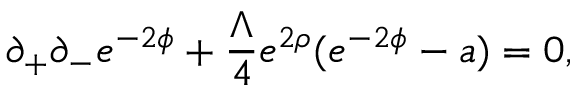
\partial _ { + } \partial _ { - } e ^ { - 2 \phi } + \frac { \Lambda } { 4 } e ^ { 2 \rho } ( e ^ { - 2 \phi } - a ) = 0 ,